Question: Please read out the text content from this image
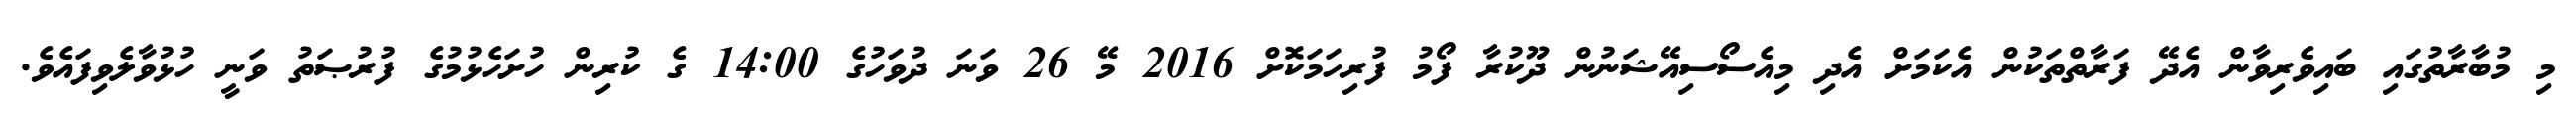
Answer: މި މުބާރާތުގައި ބައިވެރިވާން އެދޭ ފަރާތްތަކުން އެކަމަށް އެދި މިއެސޯސިއޭޝަނުން ދޫކުރާ ފޯމު ފުރިހަމަކޮށް 2016 މޭ 26 ވަނަ ދުވަހުގެ 14:00 ގެ ކުރިން ހުށަހެޅުމުގެ ފުރުޞަތު ވަނީ ހުޅުވާލެވިފައެވެ.